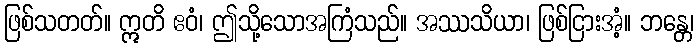
ဖြစ်သတတ်။ ဣတိ ဧဝံ၊ ဤသို့သောအကြံသည်။ အဿသိယာ၊ ဖြစ်ငြားအံ့။ ဘန္တေ၊